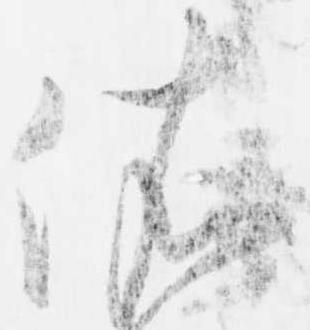
依